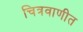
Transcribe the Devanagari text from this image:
चित्रवाणीत